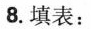
8.填表：